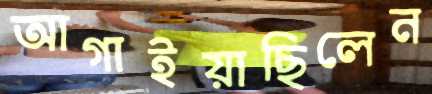
আগাইয়াছিলেন